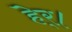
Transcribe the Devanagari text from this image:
हेर्।